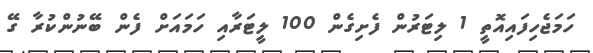
ހަމަޖެހިފައިއޮތީ 1 ލިޓަރުން ފެށިގެން 100 ލީޓަރާއި ހަމައަށް ފެން ބޭނުންކުރާ ގޭ